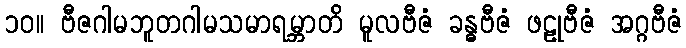
၁၀။ ဗီဇဂါမဘူတဂါမသမာရမ္ဘာတိ မူလဗီဇံ ခန္ဓဗီဇံ ဖဠုဗီဇံ အဂ္ဂဗီဇံ